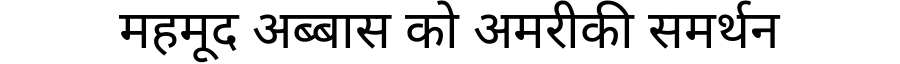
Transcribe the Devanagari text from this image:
महमूद अब्बास को अमरीकी समर्थन